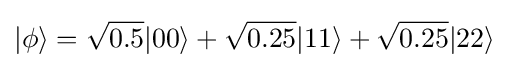
|\phi \rangle ={\sqrt {0.5}}|00\rangle +{\sqrt {0.25}}|11\rangle +{\sqrt {0.25}}|22\rangle